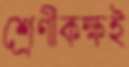
শ্রেণীকক্ষই